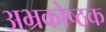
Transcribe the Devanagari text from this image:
अभ्रकोष्ठक